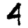
Digit: 4